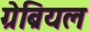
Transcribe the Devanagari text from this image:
ग्रेब्रियल